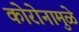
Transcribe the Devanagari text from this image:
कोरोनामुळे